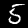
Label: 5